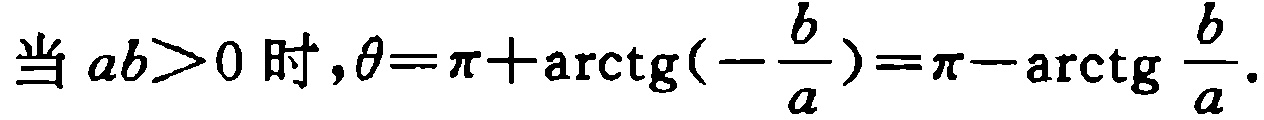
当 \(ab>0\) 时，\(\theta=\pi+\mathrm{arctg}(-\frac{b}{a})=\pi-\mathrm{arctg} \frac{b}{a}\)